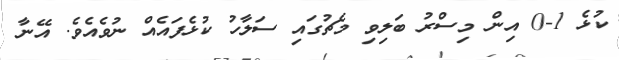
ކުޅެ 1-0 އިން މިސްރު ބަލިވި މެޗުގައި ސަލާހު ކުޅެފައެއް ނުވެއެވެ. އޭނާ